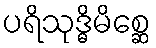
ပရိသုဒ္ဓိမိစ္ဆေ